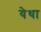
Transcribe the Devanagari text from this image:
येथा